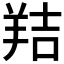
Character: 𦎁